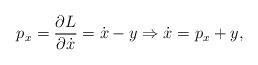
LaTeX: \begin{align*}p_x=\frac{\partial L}{\partial \dot x}=\dot x-y \Rightarrow \dot x=p_x+y,\end{align*}